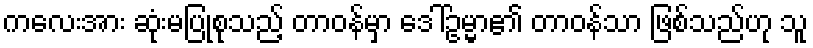
ကလေးအား ဆုံးမပြုစုသည့် တာဝန်မှာ ဒေါ်ဥမ္မာ၏ တာဝန်သာ ဖြစ်သည်ဟု သူ